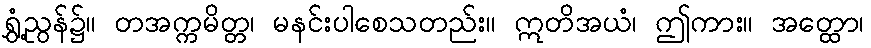
ရွှံ့ညွန်၌။ တအက္ကမိတ္တ၊ မနင်းပါစေသတည်း။ ဣတိအယံ၊ ဤကား။ အတ္ထော၊